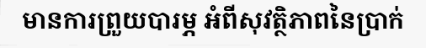
មានការព្រួយបារម្ភ អំពីសុវត្ថិភាពនៃប្រាក់